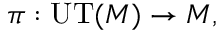
\pi : \mathrm { U T } ( M ) \to M ,